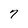
Character: 7